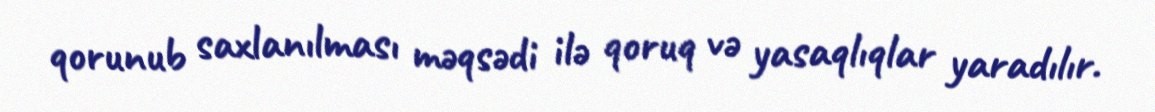
qorunub saxlanılması məqsədi ilə qoruq və yasaqlıqlar yaradılır.